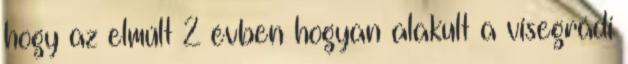
hogy az elmúlt 2 évben hogyan alakult a visegrádi